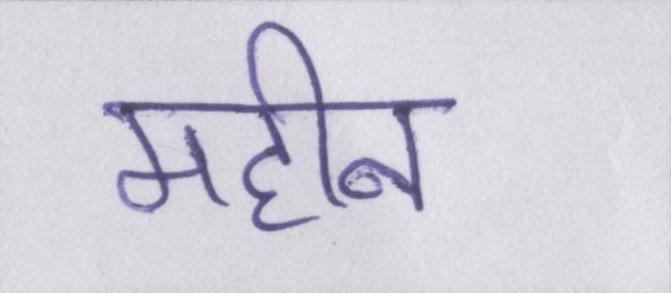
महीन